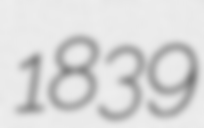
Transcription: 1839